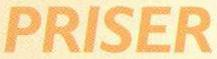
PRISER